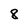
Character: 8